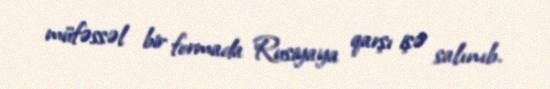
müfəssəl bir formada Rusiyaya qarşı işə salınıb.